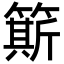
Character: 簛